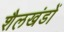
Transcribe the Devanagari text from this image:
शैलखंडों